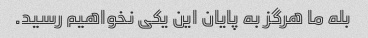
بله ما هرگز به پایان این یکی نخواهیم رسید.